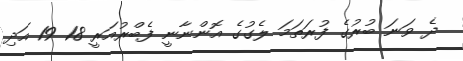
ދެ ވަނަ ބުރުގެ ފުރަތަމަ ލެގުގެ އޮންނާނީ ފެބްރުއަރީ 18 19 އަދި